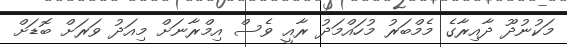
މަކުނުދޫ ދާއިރާގެ މެމްބަރު މުހައްމަދު ރާއީ ވެސް އިމްރާނަށް މިއަދު ވަރަށް ބޮޑަށް